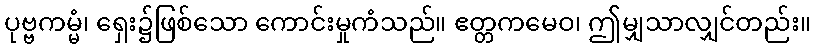
ပုဗ္ဗကမ္မံ၊ ရှေး၌ဖြစ်သော ကောင်းမှုကံသည်။ ဧတ္တကမေဝ၊ ဤမျှသာလျှင်တည်း။